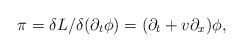
LaTeX: \begin{align*}\pi=\delta L/\delta (\partial_t\phi)=(\partial_t +v\partial_x)\phi,\end{align*}